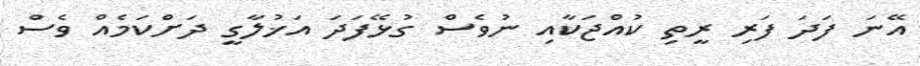
އޭނަ ފަދަ ފަރި ރީތި ކުއްޖަކާއި ނުވެސް ގުޅޭފަދަ އަޚުލާގީ ދަށްކަމެއް ވެސް